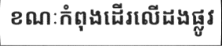
ខណៈកំពុងដើរលើដងផ្លូវ